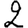
Digit: 2